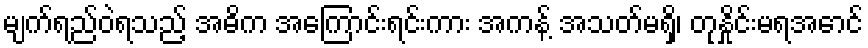
မျက်ရည်ဝဲရသည့် အဓိက အကြောင်းရင်းကား အကန့် အသတ်မရှိ၊ တုနှိုင်းမရအောင်